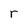
Character: r